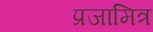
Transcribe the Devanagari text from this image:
प्रजामित्र